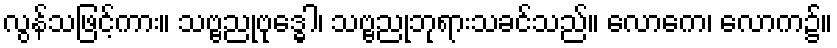
လွန်သဖြင့်ကား။ သဗ္ဗညုဗုဒ္ဓေါ၊ သဗ္ဗညုဘုရားသခင်သည်။ လောကေ၊ လောက၌။